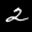
Label: 2